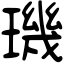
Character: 璣